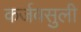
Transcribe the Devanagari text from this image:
कर्जवसुली